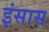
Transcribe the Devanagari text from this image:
इंसास